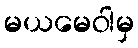
မယမေဝါမှ